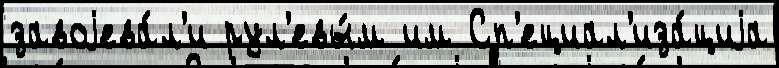
завоjева́л'и рул'евы́м им Сп'ециал'иза́циjа